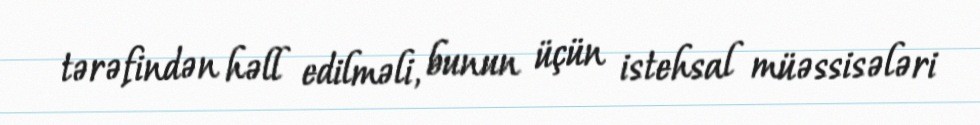
tərəfindən həll edilməli, bunun üçün istehsal müəssisələri